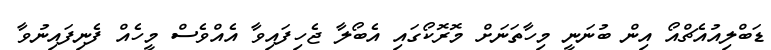
ޑަބްލިއުއެޗްއޯ އިން ބުނަނީ މިހާތަނަށް މޮރޮކޯގައި އެބޯލާ ޖެހިފައިވާ އެއްވެސް މީހެއް ފެނިފައިނުވާ